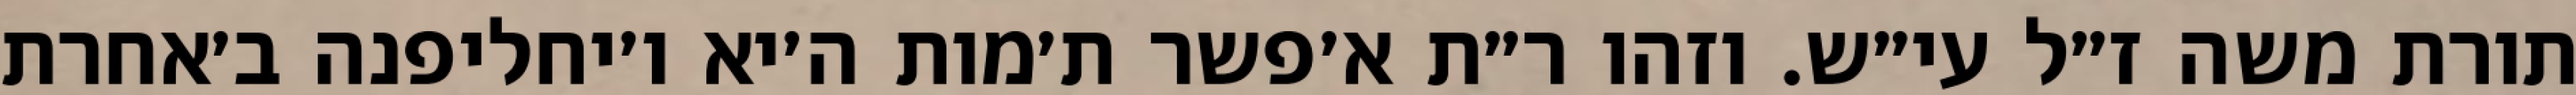
תורת משה ז״ל עי״ש. וזהו ר״ת א׳פשר ת׳מות ה׳יא ו׳יחליפנה ב׳אחרת